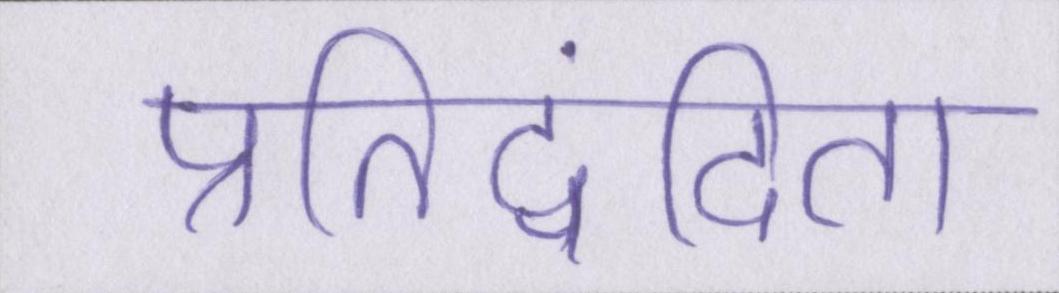
प्रतिद्वंदिता